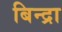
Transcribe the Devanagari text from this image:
बिन्द्रा